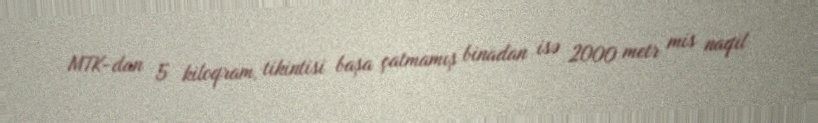
MTK-dan 5 kiloqram, tikintisi başa çatmamış binadan isə 2000 metr mis naqil